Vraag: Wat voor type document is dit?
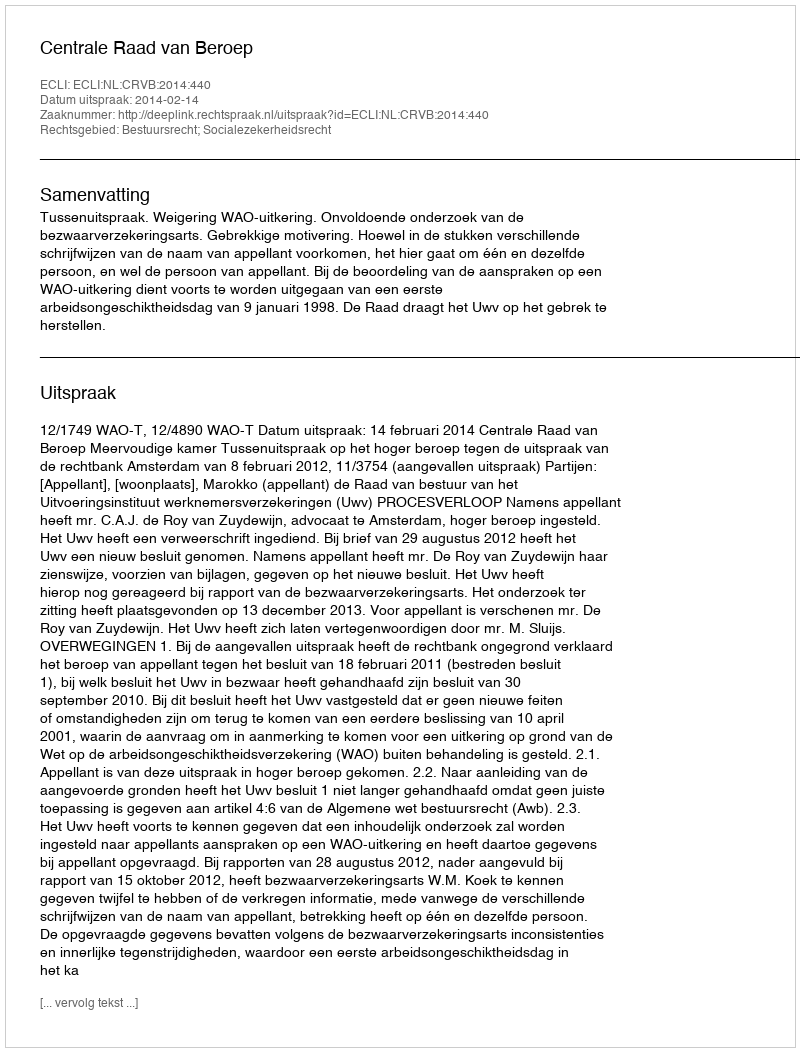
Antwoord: Uitspraak